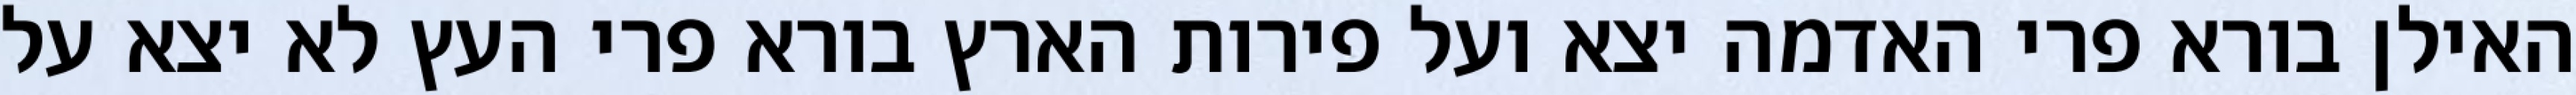
האילן בורא פרי האדמה יצא ועל פירות הארץ בורא פרי העץ לא יצא על